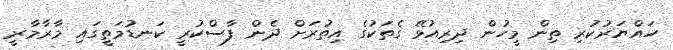
ހައްޔަރުކުރި ތިން މީހުން ދިރިއުޅޭ ގެތަކުގެ އިތުރަށް ދެން ފާސްކުރީ ކަނޑުމަތީގައި މާރާމާރީ